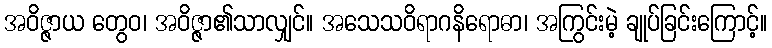
အဝိဇ္ဇာယ တွေဝ၊ အဝိဇ္ဇာ၏သာလျှင်။ အသေသဝိရာဂနိရောဓာ၊ အကြွင်းမဲ့ ချုပ်ခြင်းကြောင့်။